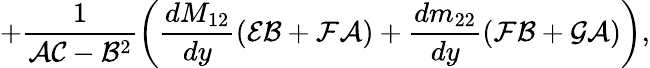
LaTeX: +\frac{1}{{\cal AC}-{\cal B}^{2}}\left(\frac{dM_{12}}{dy}({\cal EB}+{\cal FA})+\frac{dm_{22}}{dy}({\cal FB}+{\cal GA})\right),